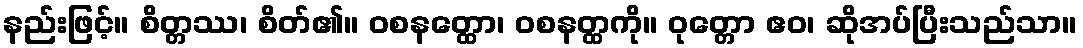
နည်းဖြင့်။ စိတ္တဿ၊ စိတ်၏။ ဝစနတ္ထော၊ ဝစနတ္ထကို။ ဝုတ္တော ဧဝ၊ ဆိုအပ်ပြီးသည်သာ။